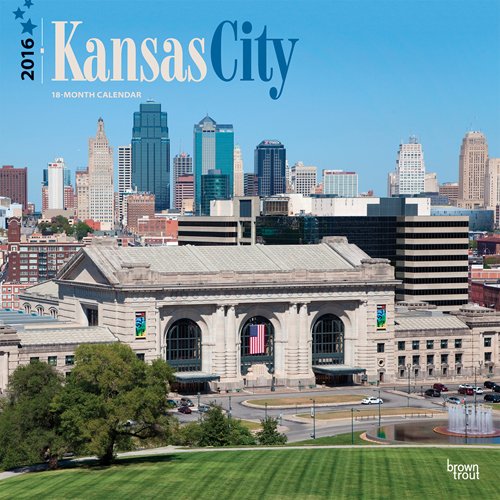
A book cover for Kansas City 2016 Square 12x12; Browntrout Publishers; Travel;